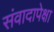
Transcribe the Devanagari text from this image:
संवादापेक्षा